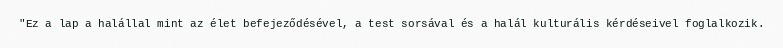
"Ez a lap a halállal mint az élet befejeződésével, a test sorsával és a halál kulturális kérdéseivel foglalkozik.